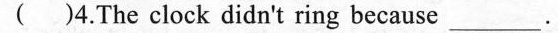
()4.The clock didn't ring because ___.